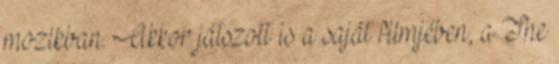
mozikban. Akkor játszott is a saját filmjében, a The